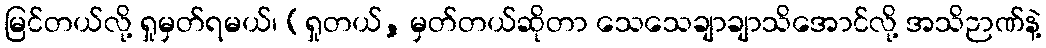
မြင်တယ်လို့ ရှုမှတ်ရမယ်၊ (ရှုတယ်, မှတ်တယ်ဆိုတာ သေသေချာချာသိအောင်လို့ အသိဉာဏ်နဲ့